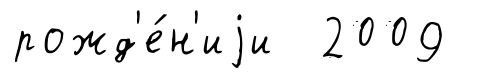
рожд'е́н'иjи 2009